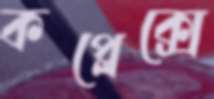
কপ্লেক্সে